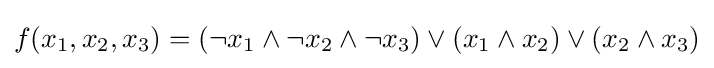
f(x_{1},x_{2},x_{3})=(\neg x_{1}\wedge \neg x_{2}\wedge \neg x_{3})\vee (x_{1}\wedge x_{2})\vee (x_{2}\wedge x_{3})